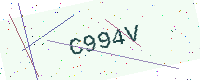
Text: C994V